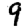
Digit: 9